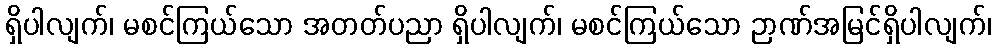
ရှိပါလျက်၊ မစင်ကြယ်သော အတတ်ပညာ ရှိပါလျက်၊ မစင်ကြယ်သော ဉာဏ်အမြင်ရှိပါလျက်၊